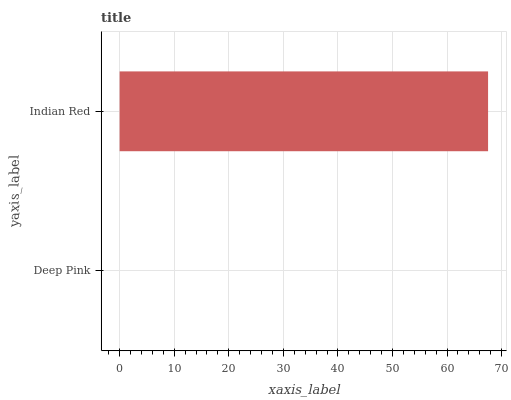
| yaxis_label | bars |
 | --- | --- |
 | Deep Pink | 0 |
 | Indian Red | 67.5 |